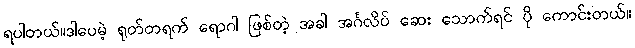
ရပါတယ်။ဒါပေမဲ့ ရုတ်တရက် ရောဂါ ဖြစ်တဲ့ အခါ အင်္ဂလိပ် ဆေး သောက်ရင် ပို ကောင်းတယ်။